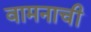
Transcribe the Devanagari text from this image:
वामनाची